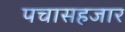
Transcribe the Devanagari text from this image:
पचासहजार